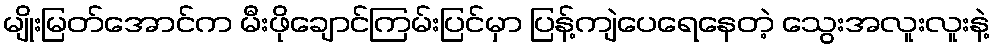
မျိုးမြတ်အောင်က မီးဖိုချောင်ကြမ်းပြင်မှာ ပြန့်ကျဲပေရေနေတဲ့ သွေးအလူးလူးနဲ့